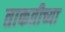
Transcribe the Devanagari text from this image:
ताकतीच्या